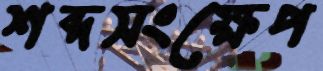
শব্দসংক্ষেপ